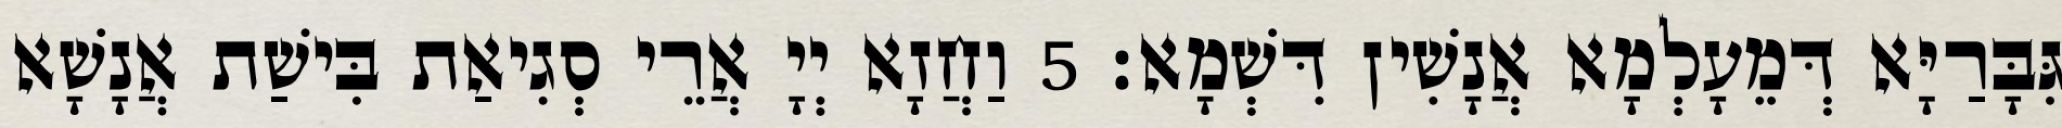
גִּבָּרַיָּא דְּמֵעָלְמָא אֲנָשִׁין דִּשְׁמָא׃ 5 וַחֲזָא יְיָ אֲרֵי סְגִיאַת בִּישַׁת אֲנָשָׁא